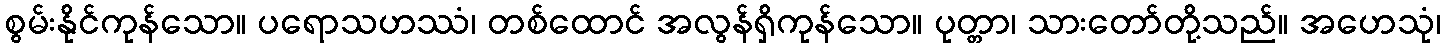
စွမ်းနိုင်ကုန်သော။ ပရောသဟဿံ၊ တစ်ထောင် အလွန်ရှိကုန်သော။ ပုတ္တာ၊ သားတော်တို့သည်။ အဟေသုံ၊